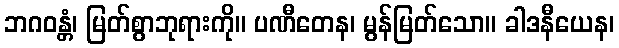
ဘဂဝန္တံ၊ မြတ်စွာဘုရားကို။ ပဏီတေန၊ မွန်မြတ်သော။ ခါဒနီယေန၊